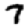
Digit: 7